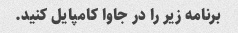
برنامه زیر را در جاوا کامپایل کنید.